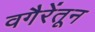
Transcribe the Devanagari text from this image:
वगैरेंतून